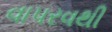
વાપરવથી